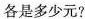
各是多少元?